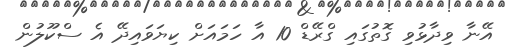
އޭނާ ވިދާޅުވި ގޮތުގައި ގްރޭޑް 10 އާ ހަމައަށް ކިޔަވައިދޭ އެ ސްކޫލުން